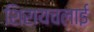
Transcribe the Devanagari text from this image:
शिरायचलाई